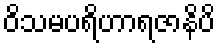
ဝိသမပရိဟာရဇာနိပိ